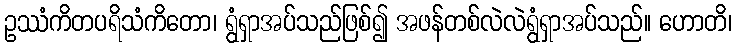
ဥဿံကိတပရိသံကိတော၊ ရွံရှာအပ်သည်ဖြစ်၍ အဖန်တစ်လဲလဲရွံရှာအပ်သည်။ ဟောတိ၊